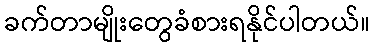
ခက်တာမျိုးတွေခံစားရနိုင်ပါတယ်။